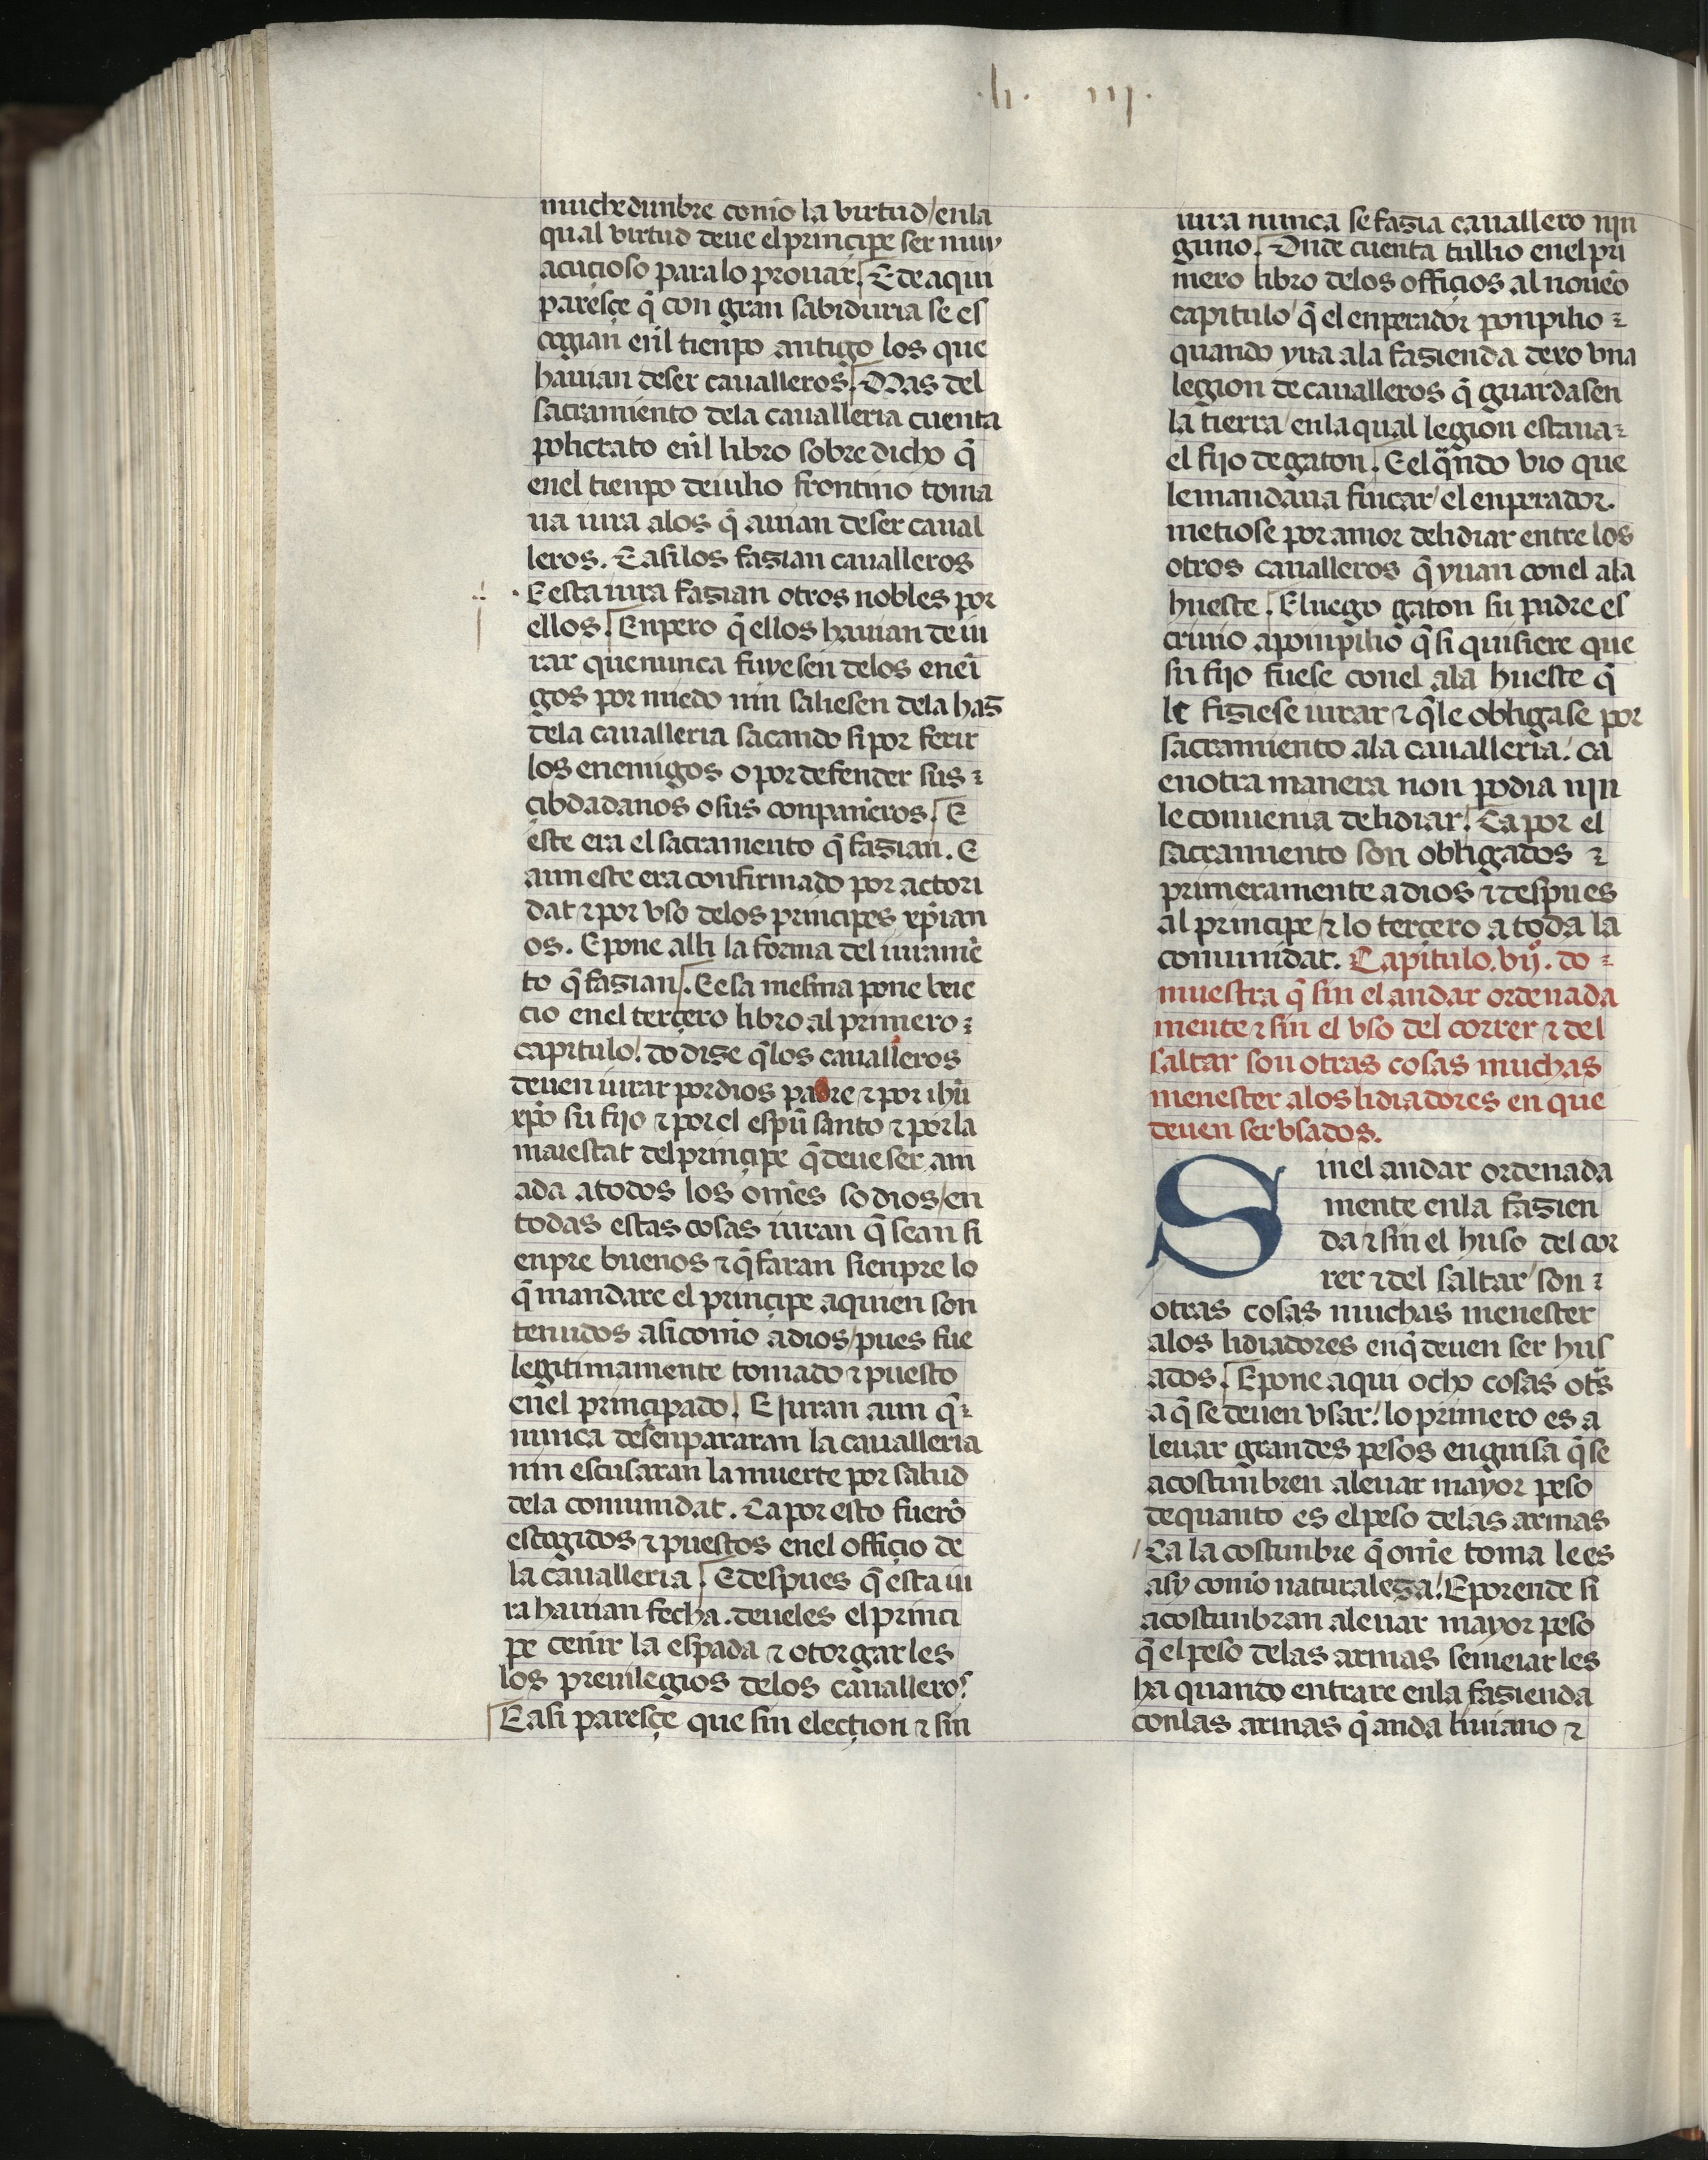
Shelfmark: Madrid, Fundación Lázaro Galdiano, mss 289
Century: 15